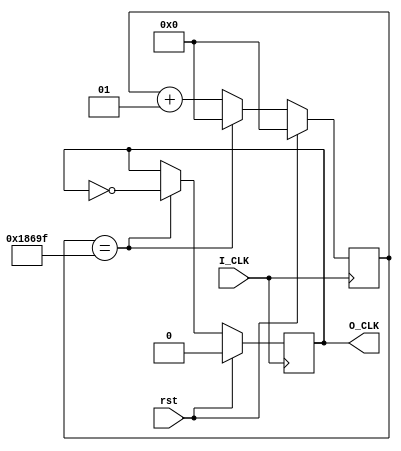
`timescale 1ns / 1ps

module Divider(
    input I_CLK,
    input rst,
    output reg O_CLK
);
    integer i = 0;
    parameter num = 100000;
    always @ (posedge I_CLK)
    begin
        if (rst == 1)
        begin
            O_CLK <= 0;
            i <= 0;
        end
        else
        begin
            if(i == num - 1) 
            begin
                O_CLK <= ~O_CLK;
                i <= 0;
            end
            else
                i <= i + 1;
        end
    end
endmodule